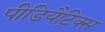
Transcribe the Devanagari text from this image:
पीडियैट्रिक्स